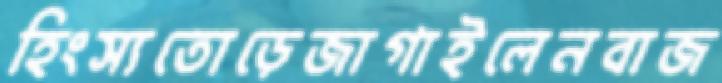
হিংস্যতোড়েজাগাইলেনবাজ